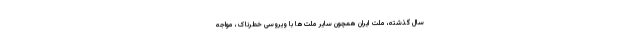
سالِ گذشته، ملّت ایران همچون سایر ملّت‌ها با ویروسی خطرناک، مواجه